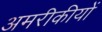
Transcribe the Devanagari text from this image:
अमरीकीयों